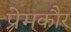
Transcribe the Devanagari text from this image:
प्रेमकौर